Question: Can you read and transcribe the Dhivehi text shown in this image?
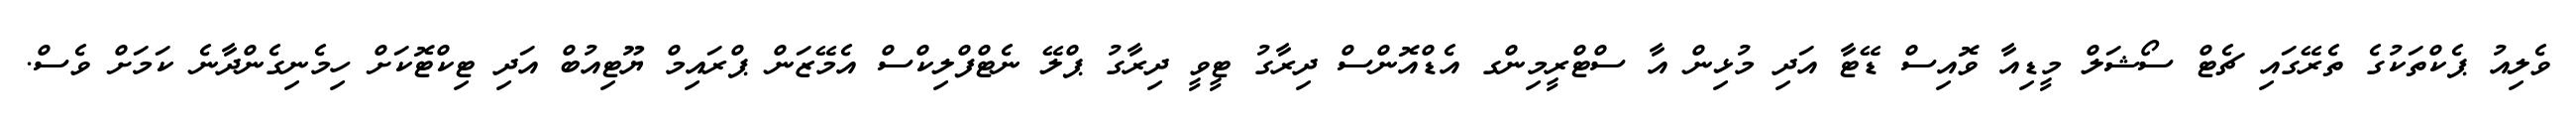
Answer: ވެލިއު ޕެކްތަކުގެ ތެރޭގައި ޗެޓް ސޯޝަލް މީޑިއާ ވޮއިސް ޑޭޓާ އަދި މުޅިން އާ ސްޓްރީމިންގ އެޑްއޮންސް ދިރާގު ޓީވީ ދިރާގު ޕްލޭ ނެޓްފްލިކްސް އެމޭޒަން ޕްރައިމް ޔޫޓިއުބް އަދި ޓިކްޓޮކަށް ހިމެނިގެންދާނެ ކަމަށް ވެސް.